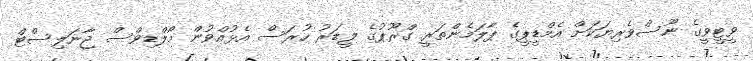
ވީޓީވީގެ ނޫސްވެރިޔަކަށް އެމްޑީޕީގެ ޕާލަމެންތަރީ ގްރޫޕުގެ ލީޑަރު ހުރަސް އެޅުއްވުން މޯލްޑިވްސް ޖާނަލިސްޓް